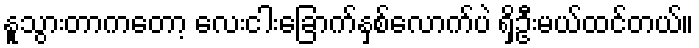
နူသွားတာကတော့ လေးငါးခြောက်နှစ်လောက်ပဲ ရှိဦးမယ်ထင်တယ်။